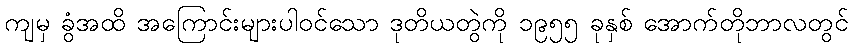
ကျမှ ခွံအထိ အကြောင်းများပါဝင်သော ဒုတိယတွဲကို ၁၉၅၅ ခုနှစ် အောက်တိုဘာလတွင်